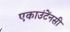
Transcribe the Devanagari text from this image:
एकाउंटेंनसी